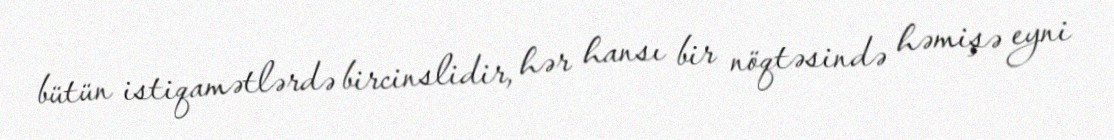
bütün istiqamətlərdə bircinslidir, hər hansı bir nöqtəsində həmişə eyni